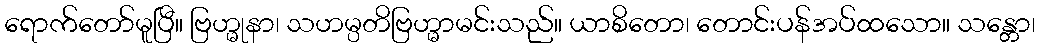
ရောက်တော်မူပြီ။ ဗြဟ္မုနာ၊ သဟမ္ပတိဗြဟ္မာမင်းသည်။ ယာစိတော၊ တောင်းပန်အပ်ထသော။ သန္တော၊